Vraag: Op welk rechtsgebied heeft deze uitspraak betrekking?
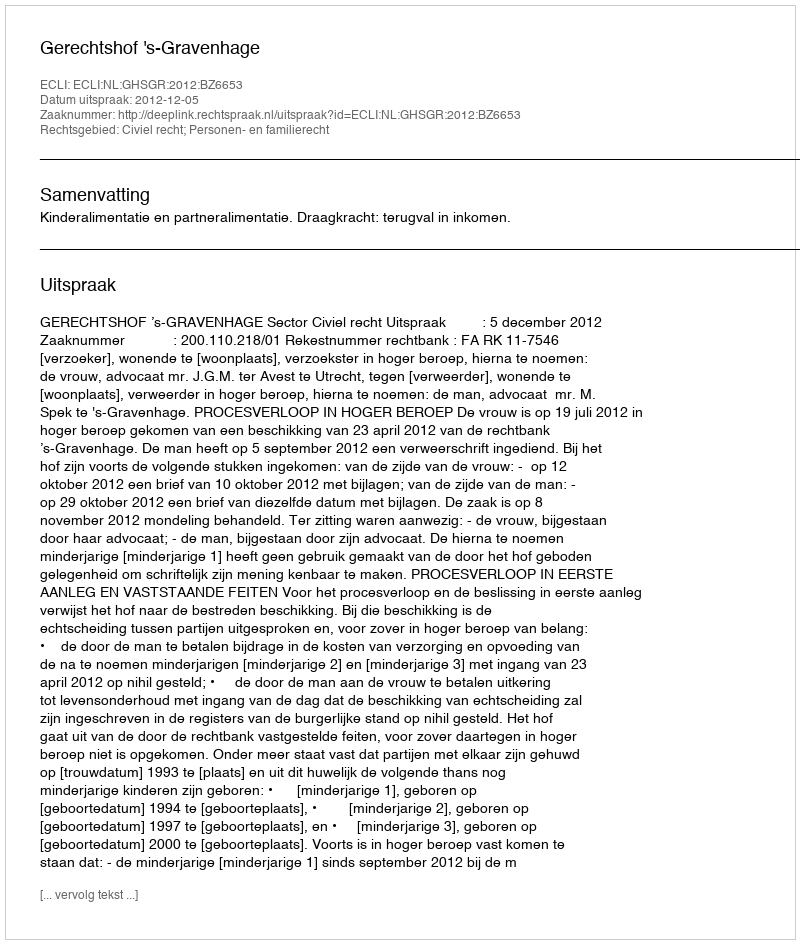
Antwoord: Civiel recht; Personen- en familierecht